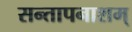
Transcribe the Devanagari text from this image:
सन्तापनाशम्